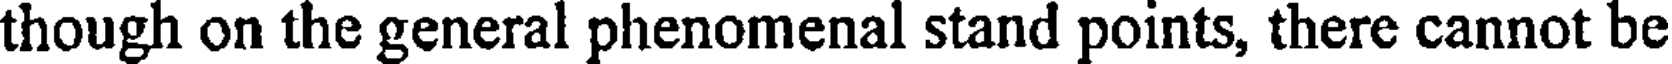
though on the general phenomenal stand points, there cannot be